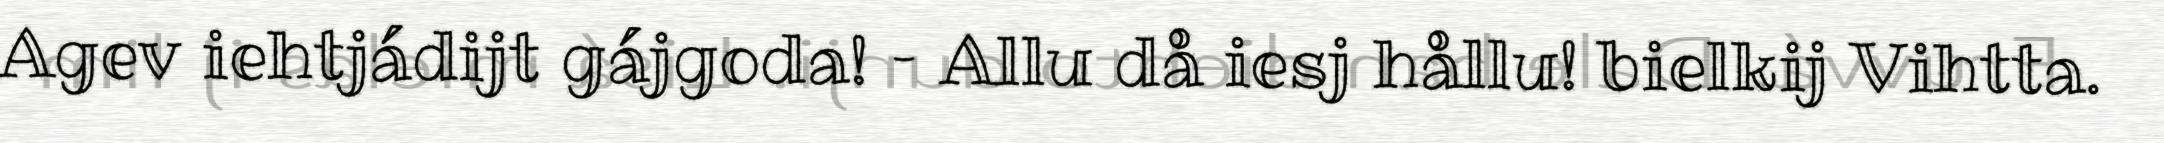
Agev iehtjádijt gájgoda! – Allu då iesj hållu! bielkij Vihtta.